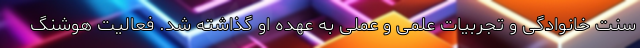
سنت خانوادگی و تجربیات علمی و عملی به عهده او گذاشته شد. فعالیت هوشنگ